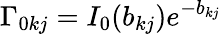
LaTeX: \Gamma_{0kj}=I_{0}(b_{kj})e^{-b_{kj}}